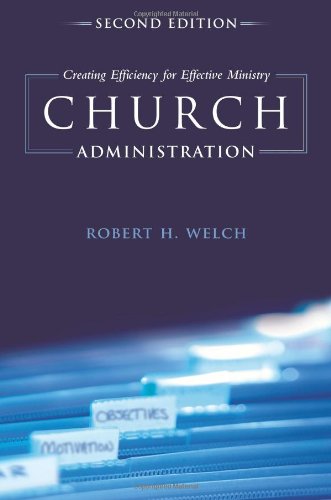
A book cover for Church Administration: Creating Efficiency for Effective Ministry; Robert H. Welch; Christian Books & Bibles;